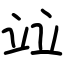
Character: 竝